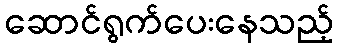
ဆောင်ရွက်ပေးနေသည့်